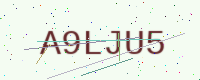
Text: A9LJU5